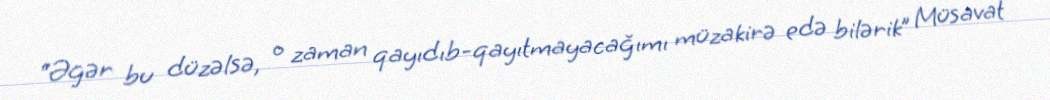
“Əgər bu düzəlsə, o zaman qayıdıb-qayıtmayacağımı müzakirə edə bilərik” Müsavat